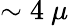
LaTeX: \sim 4~\mu